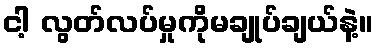
ငါ့ လွတ်လပ်မှုကိုမချုပ်ချယ်နဲ့။